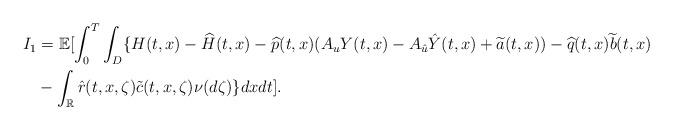
LaTeX: \begin{align*} I_1 &= \mathbb{E}[\int_0^T\int_D\{H(t,x)-\widehat{H}(t,x)-\widehat{p}(t,x)(A_uY(t,x)-A_{\hat{u}}\hat{Y}(t,x)+\widetilde{a}(t,x)) - \widehat{q}(t,x)\widetilde{b}(t,x)\\ & -\int_{\mathbb{R}}\hat{r}(t,x,\zeta)\tilde{c}(t,x,\zeta)\nu(d\zeta)\}dx dt]. \end{align*}